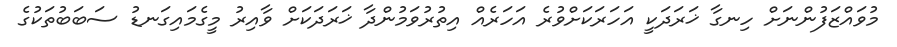
މުވައްޒަފުންނަށް ހިނގާ ޚަރަދަކީ އަހަރަކަށްވުރެ އަހަރެއް އިތުރުވަމުންދާ ޚަރަދަކަށް ވާއިރު މީގެމައިގަނޑު ސަބަބުތަކުގެ